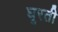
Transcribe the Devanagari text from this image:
घूरती